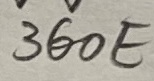
Text: 360E